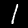
Digit: 1